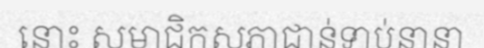
នោះ សមាជិកសភាជាន់ទាប់នានា